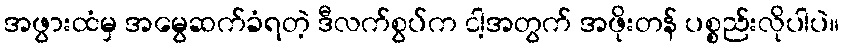
အဖွားထံမှ အမွေဆက်ခံရတဲ့ ဒီလက်စွပ်က ငါ့အတွက် အဖိုးတန် ပစ္စည်းလိုပါပဲ။